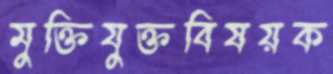
মুক্তিযুক্তবিষয়ক